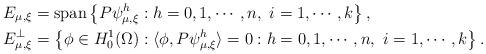
LaTeX: \begin{align*}& E_{\mu,\xi} =\mbox{span} \left\{P\psi^h_{ \mu,\xi}: h=0,1,\cdots,n,\ i=1,\cdots,k\right\},\\& E_{\mu,\xi}^\perp =\left\{\phi\in H^1_0(\Omega): \langle \phi,P\psi^h_{ \mu,\xi} \rangle =0: h=0,1,\cdots,n,\ i=1,\cdots,k\right\}.\end{align*}